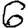
Digit: 6